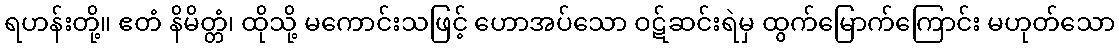
ရဟန်းတို့။ ဧတံ နိမိတ္တံ၊ ထိုသို့ မကောင်းသဖြင့် ဟောအပ်သော ဝဋ်ဆင်းရဲမှ ထွက်မြောက်ကြောင်း မဟုတ်သော